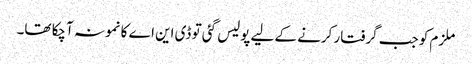
ملزم کو جب گرفتار کرنے کے لیے پولیس گئی تو ڈی این اے کا نمونہ آچکا تھا۔